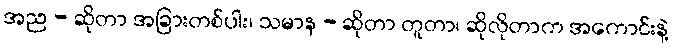
အည - ဆိုတာ အခြားတစ်ပါး၊ သမာန - ဆိုတာ တူတာ၊ ဆိုလိုတာက အကောင်းနဲ့